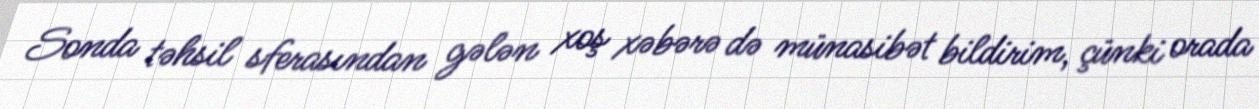
Sonda təhsil sferasından gələn xoş xəbərə də münasibət bildirim, çünki orada